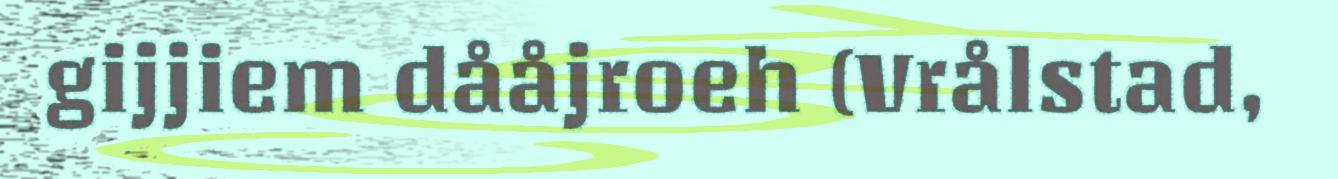
gijjiem dååjroeh (Vrålstad,